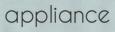
appliance